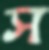
স